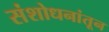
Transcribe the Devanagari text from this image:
संशोधनांतून